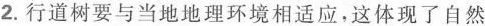
2.行道树要与当地地理环境相适应。这体现了自然